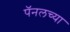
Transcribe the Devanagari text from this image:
पॅनलच्या